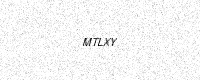
Text: MTLXY